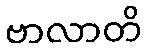
ဗာလာတိ